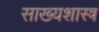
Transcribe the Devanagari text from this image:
साख्यशास्त्र